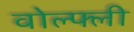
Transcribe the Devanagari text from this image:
वोल्फ्ली